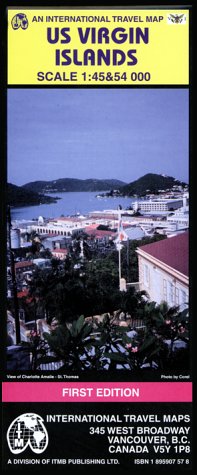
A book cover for U.S. Virgin Islands Map by ITMB (International travel maps); ITMB Ltd; Travel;